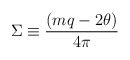
\begin{align*}\Sigma \equiv {{(m q - 2\theta )} \over {4\pi}} \end{align*}